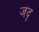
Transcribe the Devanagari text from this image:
जदृ